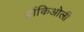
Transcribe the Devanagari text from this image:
ब्रोंकिओली